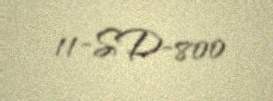
11-SD-800